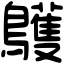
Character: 鸌